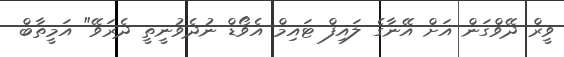
ވީރް ދޭވްގަން އަށް އޭނާގެ ލައިފް ޓައިމް އެވޯޑް ނުދެވުނީތީ ދެރަވޭ" އަމީތާބް